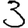
Digit: 3